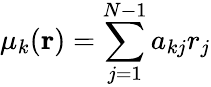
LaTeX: \mu_{k}({\mathbf r})=\sum_{j=1}^{N-1}a_{kj}r_{j}